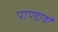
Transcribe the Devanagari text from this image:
पाण्डावों